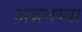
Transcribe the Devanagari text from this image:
अन्नमय्या